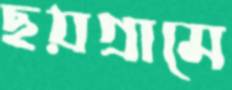
ছয়গ্রামে